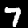
Digit: 7